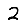
Digit: 2